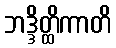
ဘဒ္ဒိတ္ထိကာတိ